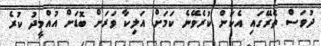
ދުވަސް ތެރޭގައި އެކަން ކުރެވޭނެ ކަމަށް އަލިކާ ވަރަށް ބޮޑަށް އުއްމީދު ކުރެ